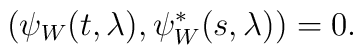
\left(\psi_W(t,\lambda),\psi_W^*(s,\lambda)\right)=0.